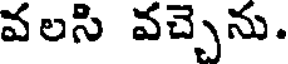
వలసి వచ్చెను.